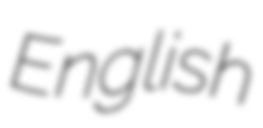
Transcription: English